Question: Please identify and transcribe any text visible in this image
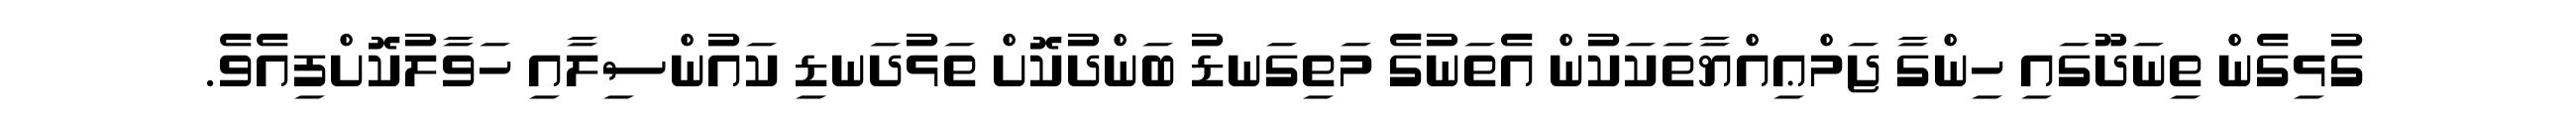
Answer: ގުޅިގެން ތިނަދޫގައި ހިންގާ ޖަމްޢިއްޔާތަކަކުން އެތަނުގެ މަތިގަނޑު ބަންދުކޮށް ތަޅުދަނޑި ކައުންސިލާއި ހަވާލުކޮށްފިއެވެ.